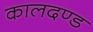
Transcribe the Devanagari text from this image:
कालदण्ड